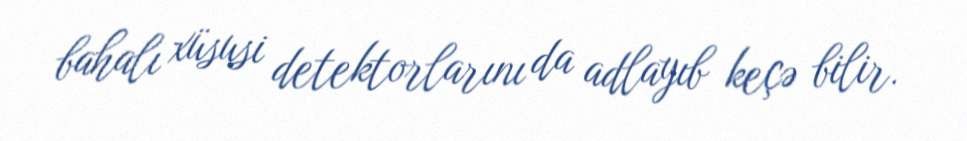
bahalı xüsusi detektorlarını da adlayıb keçə bilir.